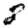
Digit: 8